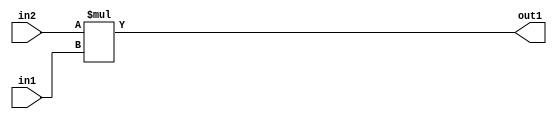
`timescale 1ps / 1ps
/*****************************************************************************
    Verilog RTL Description
    
    
    Created by: Stratus DpOpt 2019.1.01 
*******************************************************************************/

module pw_feature_addr_gen_Mul_32Ux8U_32U_1 (
	in2,
	in1,
	out1
	); /* architecture "behavioural" */ 
input [31:0] in2;
input [7:0] in1;
output [31:0] out1;
wire [31:0] asc001;

assign asc001 = 
	+(in2 * in1);

assign out1 = asc001;
endmodule

/* CADENCE  ubH5TAE= : u9/ySgnWtBlWxVPRXgAZ4Og= ** DO NOT EDIT THIS LINE ******/